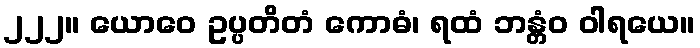
၂၂၂။ ယောဝေ ဥပ္ပတိတံ ကောဓံ၊ ရထံ ဘန္တံဝ ဝါရယေ။